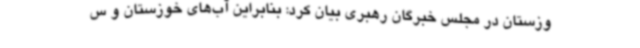
وزستان در مجلس خبرگان رهبری بیان کرد: بنابراین آب‌های خوزستان و س